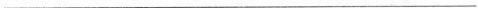
___